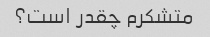
متشکرم چقدر است؟